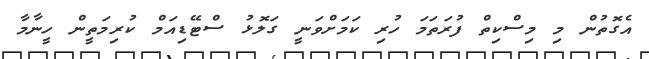
އެގޮތުން މި މިސްކިތް ފުރަތަމަ ހުރި ކަމަށްވަނީ ގަލޮޅު ސްޓޭޑިއަމް ކުރިމަތީން ހީނާމާ